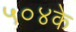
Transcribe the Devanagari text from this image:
५०४के